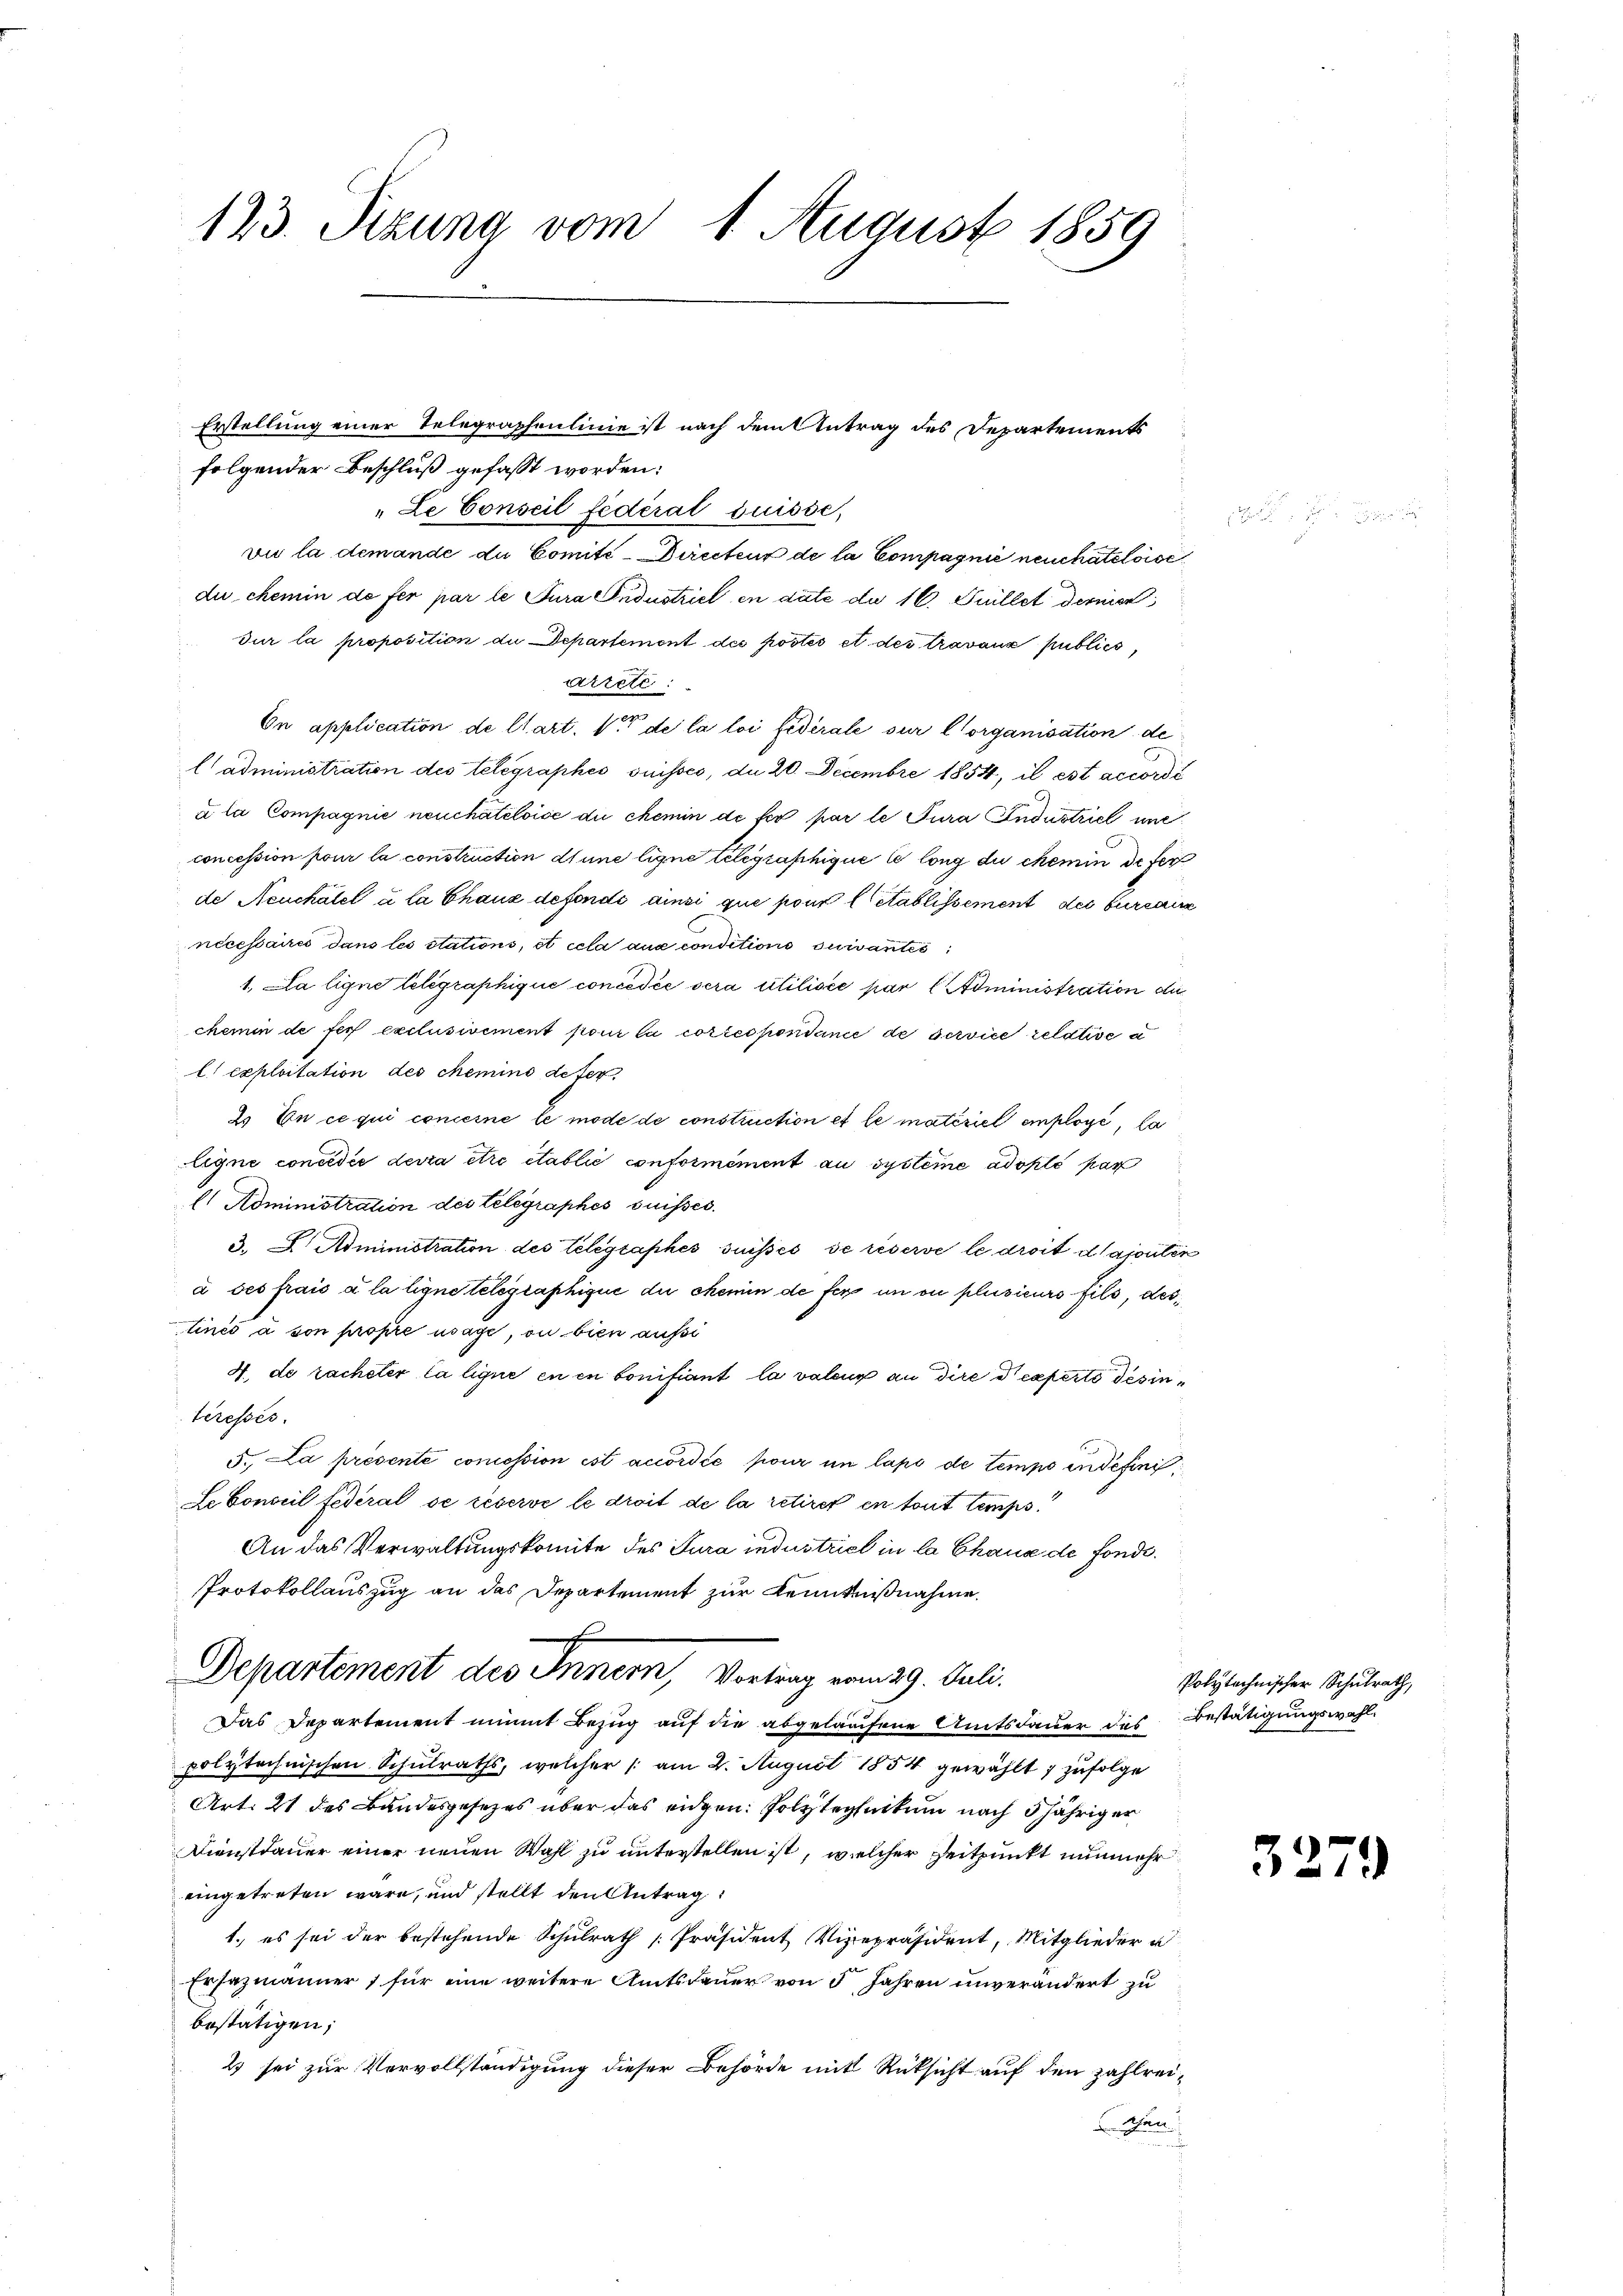
123. Sitzung vom 1. August 1859

Erstellung einer Telegraphenlinie ist nach dem Antrag des Departements
folgender Beschluß gefasst worden:
Le Conseil fédéral Suisse,
vie la demande du Comité-Directeur de la Compagnie neuchateloise
du chemin de fer par le Jura Industriel en date du 16. Juillet derman
dur la proposition du Departement des postés et des travaux publich,
arrete:
On application de Clart. 1 de la loi fidérale sur l’organisation de
l'administration des telegraphes suisses, du 20. Decembre 1854, il est accordi
u la Compagnie neuchâteloise du chemin de fer par le Jura Industriel une
concession pour la construction dune ligne telegraphique le long du chemin defer
de Neuchâtel à la Chaus defindi ainsi que pour letablissement des burcaire
necessaires dans les stations, et cela aux conditions suivantes
1. La ligne telegraphique concedie sera utilisée par Administration die
chemin de ser exclusivement pour la correspontanie de service relative a
l. exploitation des chemins defer
2. En ce qui concerne le mode de construction et le materiel employé, la
Eigne concedie devra être établie conformément au systeme adople par
Es Administration des Telegraphes suisses.
3. A. Administration des Telegraphes suisses se réserve le droit d ajouten
à ses frais à la ligne telegraphique du chemin de fer un ou plusieurs fils, des
tinés à son propre usage, ou bien aufsi
4. de racheter la lique en in bonifiant la valeur an dire e experte desinteressés.
5. La présente concession ist accordée pour im laps de tempo in defini¬
Le Conseil fédéral se réserve le droit de la retiret en tout temps
An das Verwaltungskomite des Jura industriel in la Chaus de fonde¬
Protokollauszug an das Departement zur Kenntnißnahme.
t
Departement des Innern, Vortrag vom 29. Juli.
Das Departement nimmt Bezug auf die abgelaufene Amtsdauer das
polytechnischen Schulraths, welcher /: am 2. August 1854 gewählt 7 zufolge
Art. 21 des Bandesgesezes über das eidgen: Polytechnikum nach 5 jähriger
Dienstdauer einer neuen Wahl zu unterstellen ist, welcher Zeitpunkt nunmehr
eingetreten wäre, und stellt den Antrag
1. es sei der bestehende Schulrath [Präsident Vizepräsident, Mitglieder u
Ersazmänner für eine weitere Amtsdauer von 5 Jahren unverändert zu
bestätigen;
2 sei zur Vervollständigung dieser Behörde mit Rücksicht auf den zahlrei¬
Schan
u

Polytechnischer Schulrath,
Bestätigungswahl.

327

)